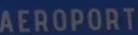
AEROPORT